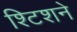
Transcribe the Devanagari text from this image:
श्टिशने